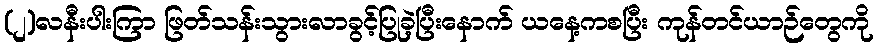
(၂)လနီးပါးကြာ ဖြတ်သန်းသွားလာခွင့်ပြုခဲ့ပြီးနောက် ယနေ့ကစပြီး ကုန်တင်ယာဉ်တွေကို